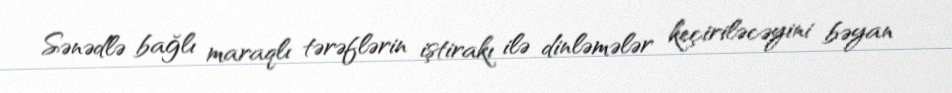
Sənədlə bağlı maraqlı tərəflərin iştirakı ilə dinləmələr keçiriləcəyini bəyan